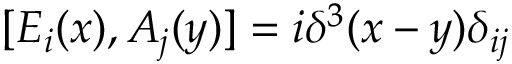
[ E _ { i } ( x ) , A _ { j } ( y ) ] = i \delta ^ { 3 } ( x - y ) \delta _ { i j }